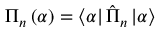
\Pi _ { n } \left( \alpha \right) = \left\langle \alpha \right| \hat { \Pi } _ { n } \left| \alpha \right\rangle